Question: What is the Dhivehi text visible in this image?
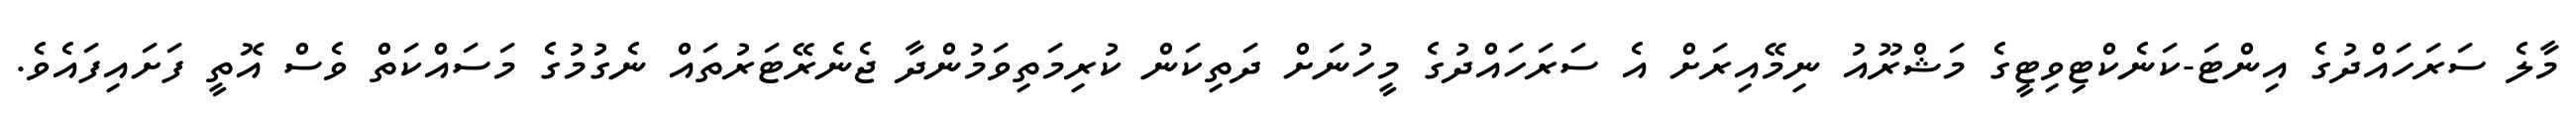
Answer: މާލެ ސަރަހައްދުގެ އިންޓަ-ކަނެކްޓިވިޓީގެ މަޝްރޫއު ނިމޭއިރަށް އެ ސަރަހައްދުގެ މީހުނަށް ދަތިކަން ކުރިމަތިވަމުންދާ ޖެނެރޭޓަރުތައް ނެގުމުގެ މަސައްކަތް ވެސް އޮތީ ފަށައިފައެވެ.